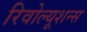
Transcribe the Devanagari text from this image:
रिवोल्यूशन्स